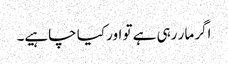
اگر مار رہی ہے تو اور کیا چاہیے۔